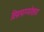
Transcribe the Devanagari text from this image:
विपत्परम्परेशाय